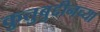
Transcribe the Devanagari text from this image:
कुतुबुद्दीनच्या